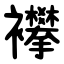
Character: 襻